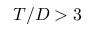
T / D > 3